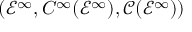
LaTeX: ( { \mathcal { E } } ^ { \infty } , C ^ { \infty } ( { \mathcal { E } } ^ { \infty } ) , { \mathcal { C } } ( { \mathcal { E } } ^ { \infty } ) )